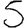
Digit: 5